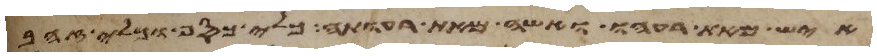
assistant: איש מאת רעהו ואשה מאת רעותה כלי כסף וכלי זהב